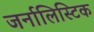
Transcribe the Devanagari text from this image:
जर्नालिस्टिक